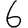
Digit: 6